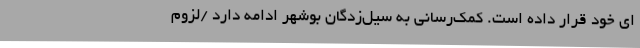
ای خود قرار داده است. کمک‌رسانی به سیل‌زدگان بوشهر ادامه دارد /لزوم